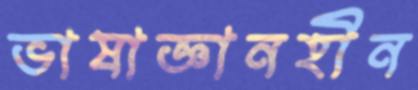
ভাষাজ্ঞানহীন